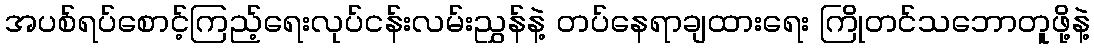
အပစ်ရပ်စောင့်ကြည့်ရေးလုပ်ငန်းလမ်းညွှန်နဲ့ တပ်နေရာချထားရေး ကြိုတင်သဘောတူဖို့နဲ့